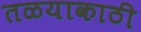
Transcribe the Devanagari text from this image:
तळयाकाठी